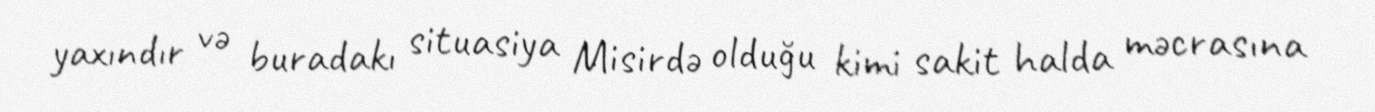
yaxındır və buradakı situasiya Misirdə olduğu kimi sakit halda məcrasına